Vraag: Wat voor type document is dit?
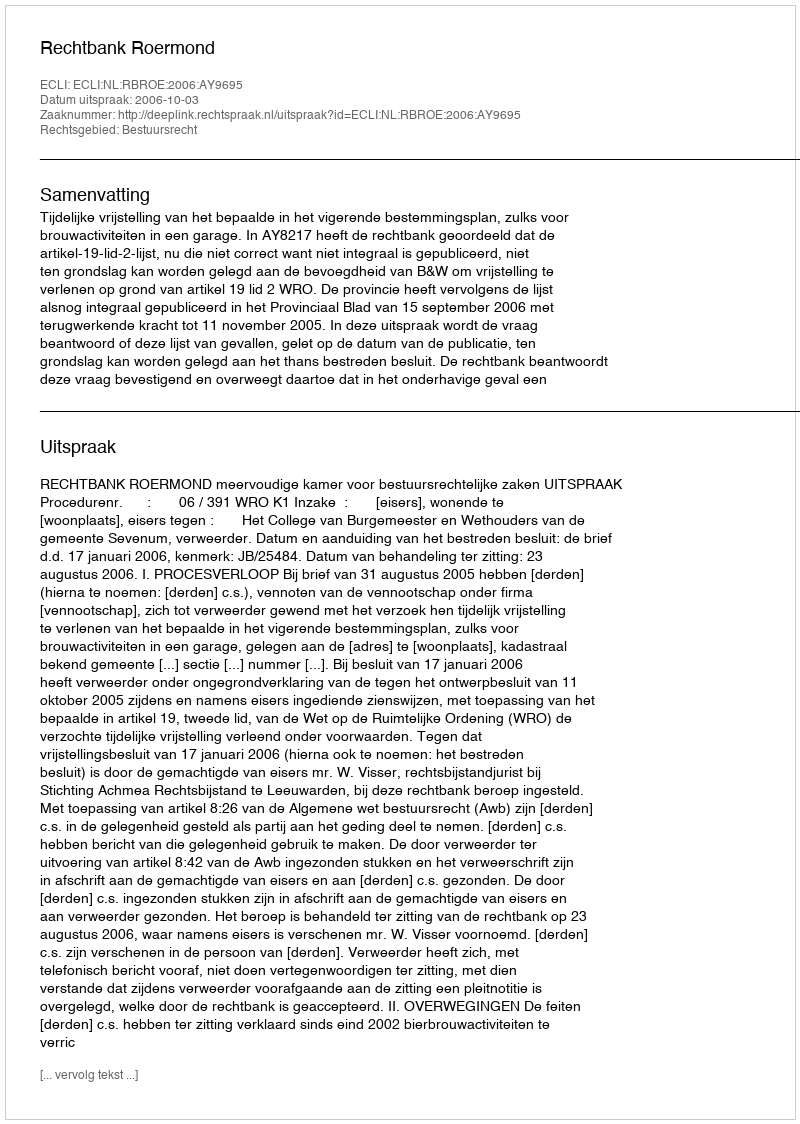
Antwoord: Uitspraak